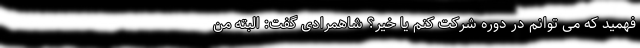
فهمید که می توانم در دوره شرکت کنم یا خیر؟ شاهمرادی گفت: البته من